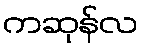
ကဆုန်လ